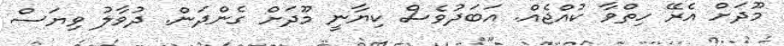
މޫދަށް އެރޭ ހިތްވާ ކުއްޖެއް. އަބަދުވެސް ކިޔާނީ މޫދަށް ގެންދަން. ދުވާލު ވިޔަސް